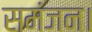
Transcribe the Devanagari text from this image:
समंजन।